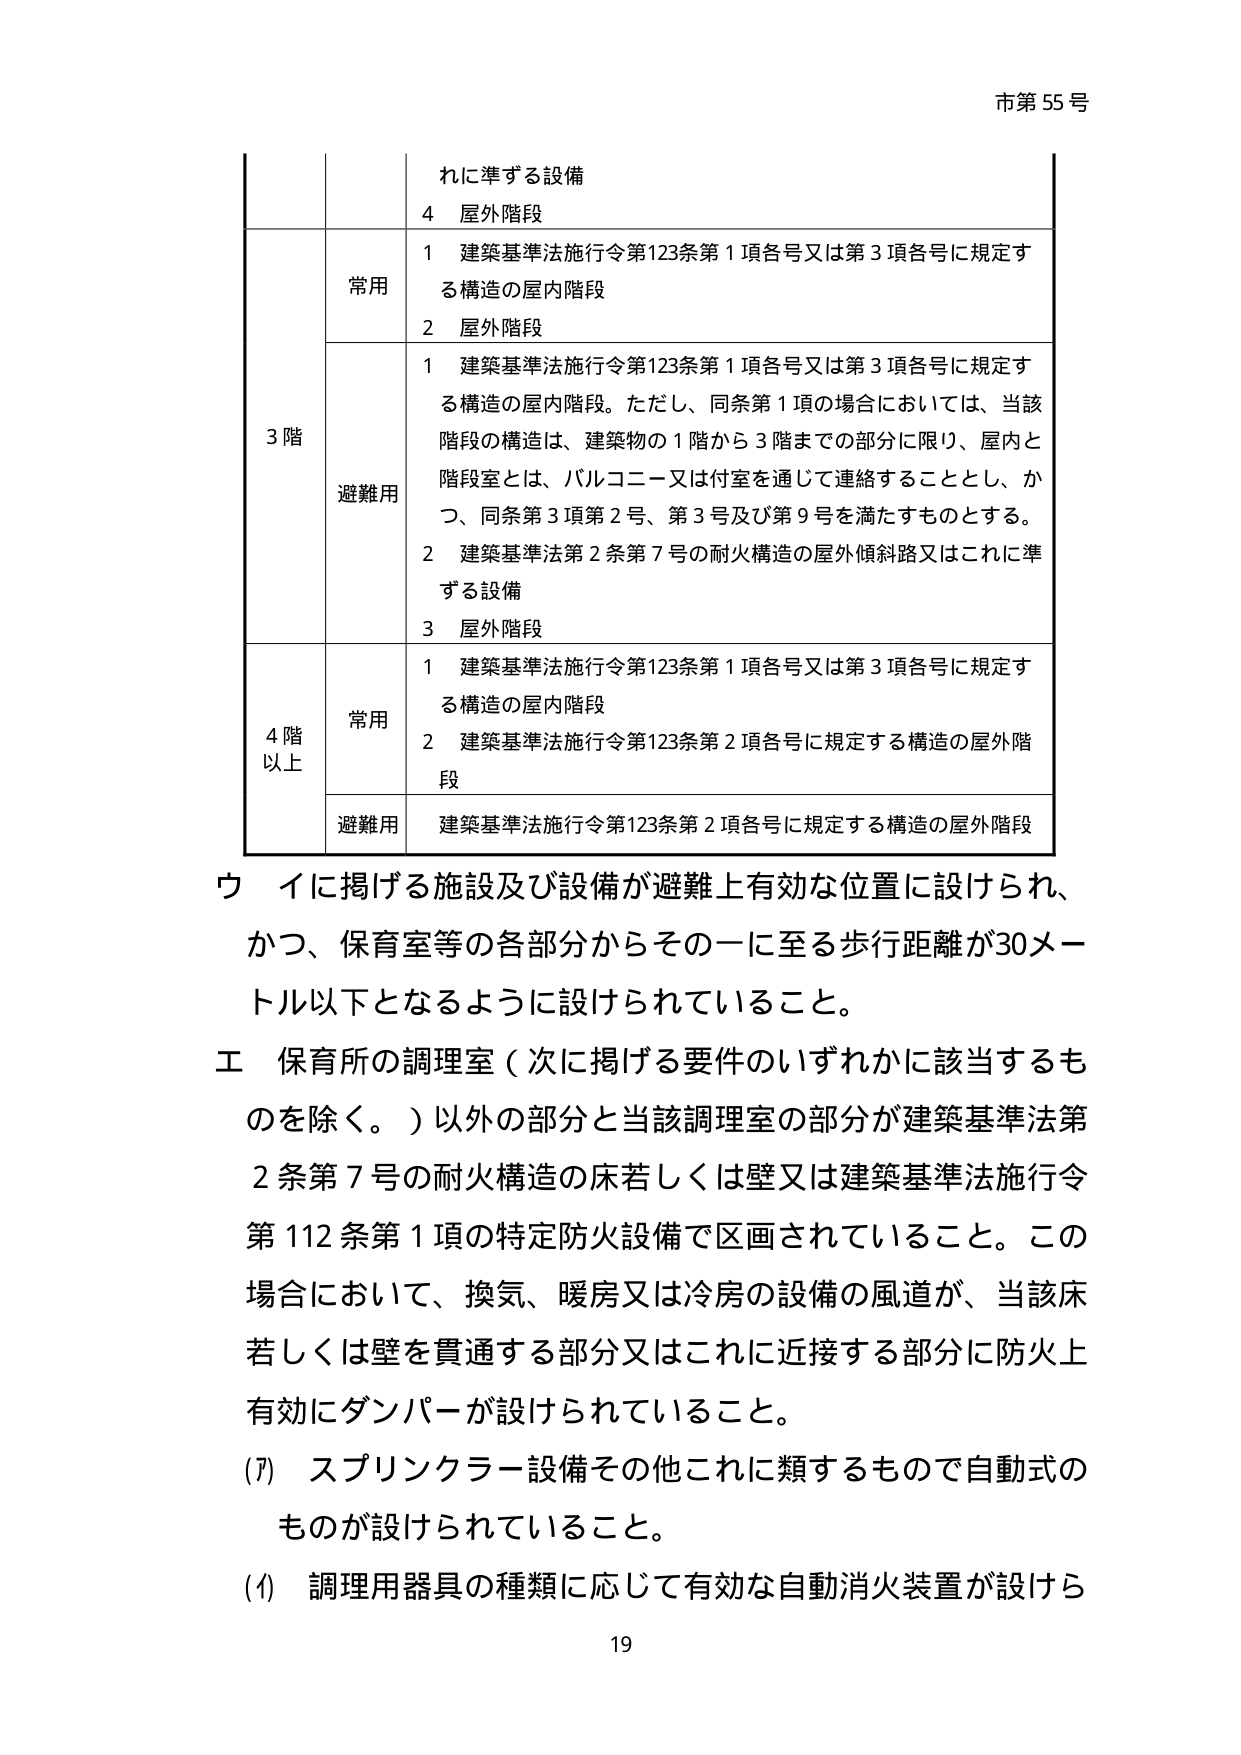
市第55号

れに準ずる設備
4 屋外階段

3階
常用
1 建築基準法施行令第123条第1項各号又は第3項各号に規定する構造の屋内階段
2 屋外階段

避難用
1 建築基準法施行令第123条第1項各号又は第3項各号に規定する構造の屋内階段。ただし、同条第1項の場合においては、当該階段の構造は、建築物の1階から3階までの部分に限り、屋内と階段室とは、バルコニー又は付室を通じて連絡することとし、かつ、同条第3項第2号、第3号及び第9号を満たすものとする。
2 建築基準法第2条第7号の耐火構造の屋外傾斜路又はこれに準ずる設備
3 屋外階段

4階以上
常用
1 建築基準法施行令第123条第1項各号又は第3項各号に規定する構造の屋内階段
2 建築基準法施行令第123条第2項各号に規定する構造の屋外階段

避難用
建築基準法施行令第123条第2項各号に規定する構造の屋外階段

ウ イに掲げる施設及び設備が避難上有効な位置に設けられ、かつ、保育室等の各部分からその一に至る歩行距離が30メートル以下となるように設けられていること。

エ 保育所の調理室（次に掲げる要件のいずれかに該当するものを除く。）以外の部分と当該調理室の部分が建築基準法第2条第7号の耐火構造の床若しくは壁又は建築基準法施行令第112条第1項の特定防火設備で区画されていること。この場合において、換気、暖房又は冷房の設備の風道が、当該床若しくは壁を貫通する部分又はこれに近接する部分に防火上有効にダンパーが設けられていること。

(7) スプリンクラー設備その他これに類するもので自動式のものが設けられていること。

(イ) 調理用器具の種類に応じて有効な自動消火装置が設けら

19